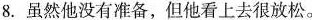
8.虽然他没有准备，但他看上去很放松。